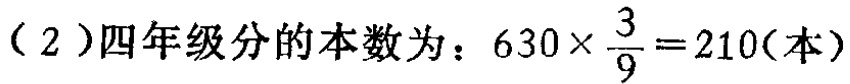
（2）四年级分的本数为：\(630\times \frac{3}{9}=210(\text{本})\)